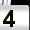
Digit: 4